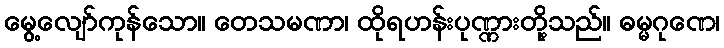
မွေ့လျော်ကုန်သော။ တေသမဏာ၊ ထိုရဟန်းပုဏ္ဏားတို့သည်။ ဓမ္မဂုဏေ၊